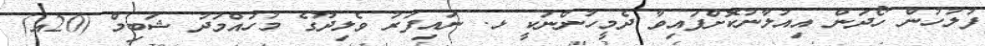
ފުލުހުން ހޯދަން އިއުލާނުކޮށްފައިވާ ދެމީހުންނަކީ ޅ. ނައިފަރު ވެލިދޫގެ މުހައްމަދު ޝަބިމް (20އ)